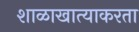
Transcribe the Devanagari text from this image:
शाळाखात्याकरता